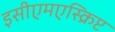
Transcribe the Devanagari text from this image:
इसीएमएस्क्रिप्ट